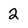
Character: 2